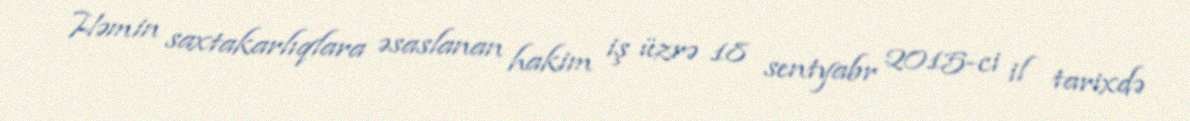
Həmin saxtakarlıqlara əsaslanan hakim iş üzrə 18 sentyabr 2015-ci il tarixdə